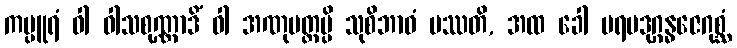
ကပ္ပူရံ ဝါ ဝါသစုဏ္ဏာဒိံ ဝါ အဏုမတ္တမ္ပိ သုစိဘာဝံ ပဿတိ, အထ ခေါ ပရမဒုဂ္ဂန္ဓဇေဂုစ္ဆံ